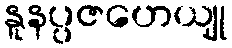
နူနပ္ပဇဟေယျု